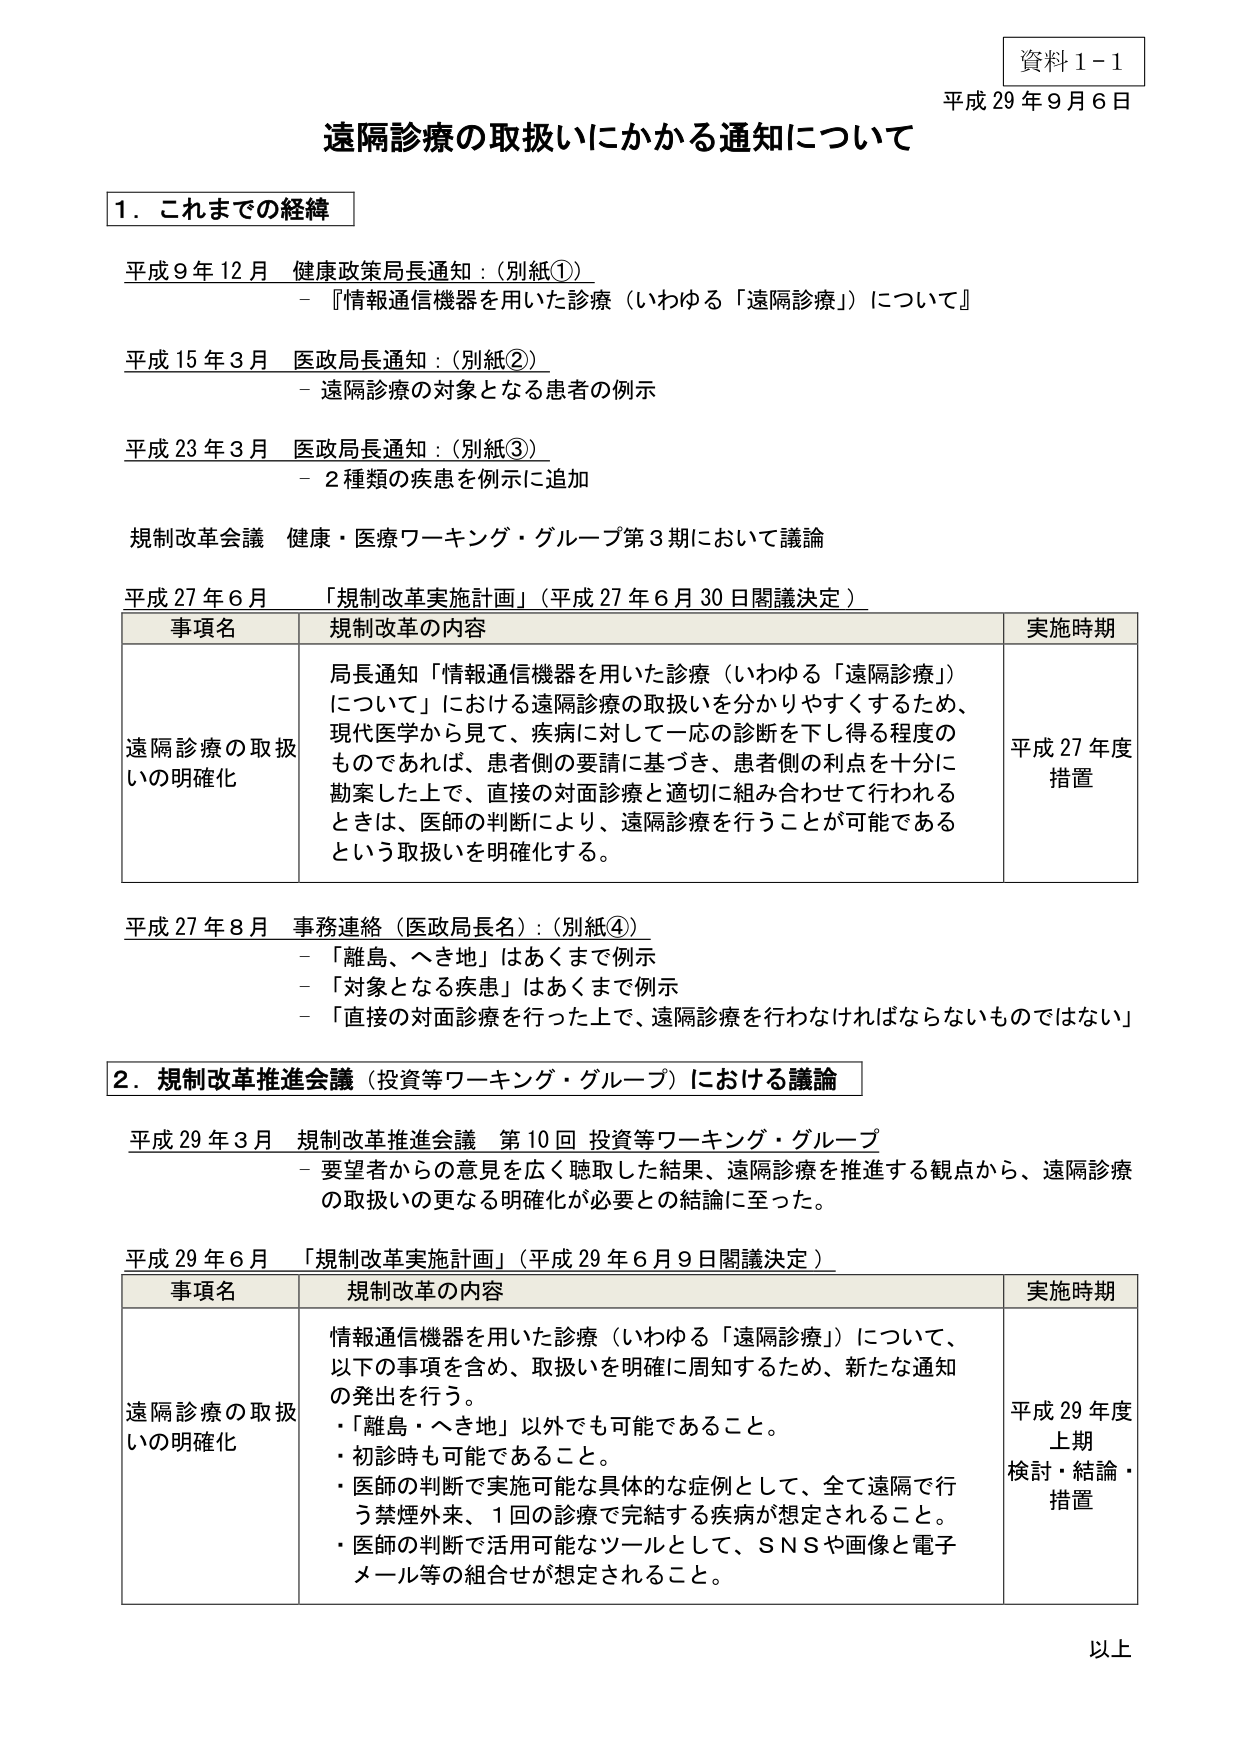
資料１－１
平成29年9月6日

遠隔診療の取扱いにかかる通知について

1．これまでの経緯

平成9年12月 健康政策局長通知：（別紙①）
－『情報通信機器を用いた診療（いわゆる「遠隔診療」）について』

平成15年3月 医政局長通知：（別紙②）
－遠隔診療の対象となる患者の例示

平成23年3月 医政局長通知：（別紙③）
－2種類の疾患を例示に追加

規制改革会議 健康・医療ワーキング・グループ第3期において議論

平成27年6月 「規制改革実施計画」（平成27年6月30日閣議決定）

| 事項名 | 規制改革の内容 | 実施時期 |
|---|---|---|
| 遠隔診療の取扱いの明確化 | 局長通知「情報通信機器を用いた診療（いわゆる「遠隔診療」）について」における遠隔診療の取扱いを分かりやすくするため、現代医学から見て、疾病に対して一応の診断を下し得る程度のものであれば、患者側の要請に基づき、患者側の利点を十分に勘案した上で、直接の対面診療と適切に組み合わせて行われるときは、医師の判断により、遠隔診療を行うことが可能であるという取扱いを明確化する。 | 平成27年度措置 |

平成27年8月 事務連絡（医政局長名）：（別紙④）
－「離島、へき地」はあくまで例示
－「対象となる疾患」はあくまで例示
－「直接の対面診療を行った上で、遠隔診療を行わなければならないものではない」

2．規制改革推進会議（投資等ワーキング・グループ）における議論

平成29年3月 規制改革推進会議 第10回 投資等ワーキング・グループ
－要望者からの意見を広く聴取した結果、遠隔診療を推進する観点から、遠隔診療の取扱いの更なる明確化が必要との結論に至った。

平成29年6月 「規制改革実施計画」（平成29年6月9日閣議決定）

| 事項名 | 規制改革の内容 | 実施時期 |
|---|---|---|
| 遠隔診療の取扱いの明確化 | 情報通信機器を用いた診療（いわゆる「遠隔診療」）について、以下の事項を含め、取扱いを明確に周知するため、新たな通知の発出を行う。
・「離島・へき地」以外でも可能であること。
・初診時も可能であること。
・医師の判断で実施可能な具体的な症例として、全て遠隔で行う禁煙外来、1回の診療で完結する疾病が想定されること。
・医師の判断で活用可能なツールとして、SNSや画像と電子メール等の組合せが想定されること。 | 平成29年度上期 検討・結論・措置 |

以上